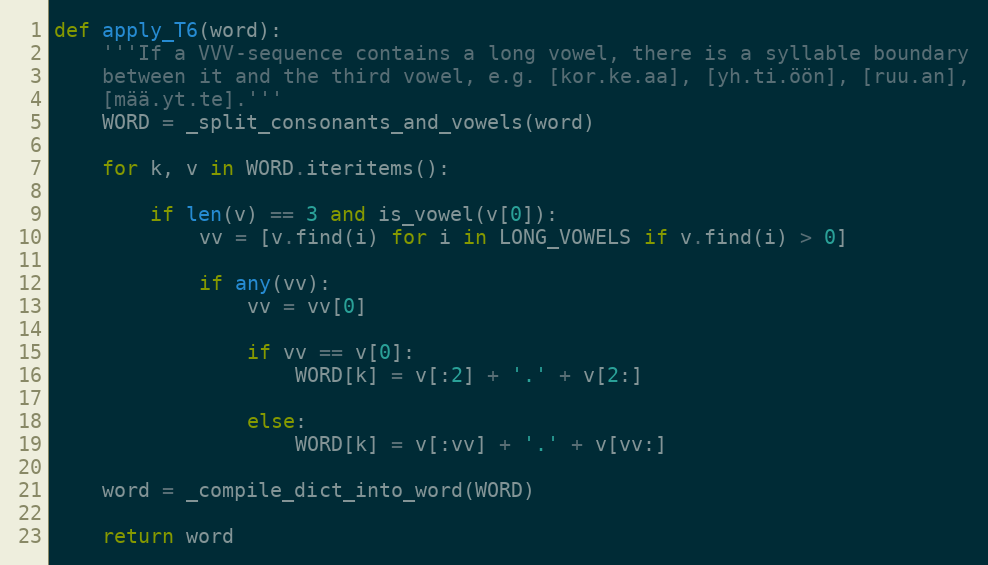
Language: Python
def apply_T6(word):
    '''If a VVV-sequence contains a long vowel, there is a syllable boundary
    between it and the third vowel, e.g. [kor.ke.aa], [yh.ti.öön], [ruu.an],
    [mää.yt.te].'''
    WORD = _split_consonants_and_vowels(word)

    for k, v in WORD.iteritems():

        if len(v) == 3 and is_vowel(v[0]):
            vv = [v.find(i) for i in LONG_VOWELS if v.find(i) > 0]

            if any(vv):
                vv = vv[0]

                if vv == v[0]:
                    WORD[k] = v[:2] + '.' + v[2:]

                else:
                    WORD[k] = v[:vv] + '.' + v[vv:]

    word = _compile_dict_into_word(WORD)

    return word